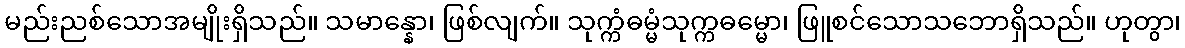
မည်းညစ်သောအမျိုးရှိသည်။ သမာန္နော၊ ဖြစ်လျက်။ သုက္ကံဓမ္မံသုက္ကဓမ္မော၊ ဖြူစင်သောသဘောရှိသည်။ ဟုတွာ၊